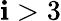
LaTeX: \mathbf{i}>3